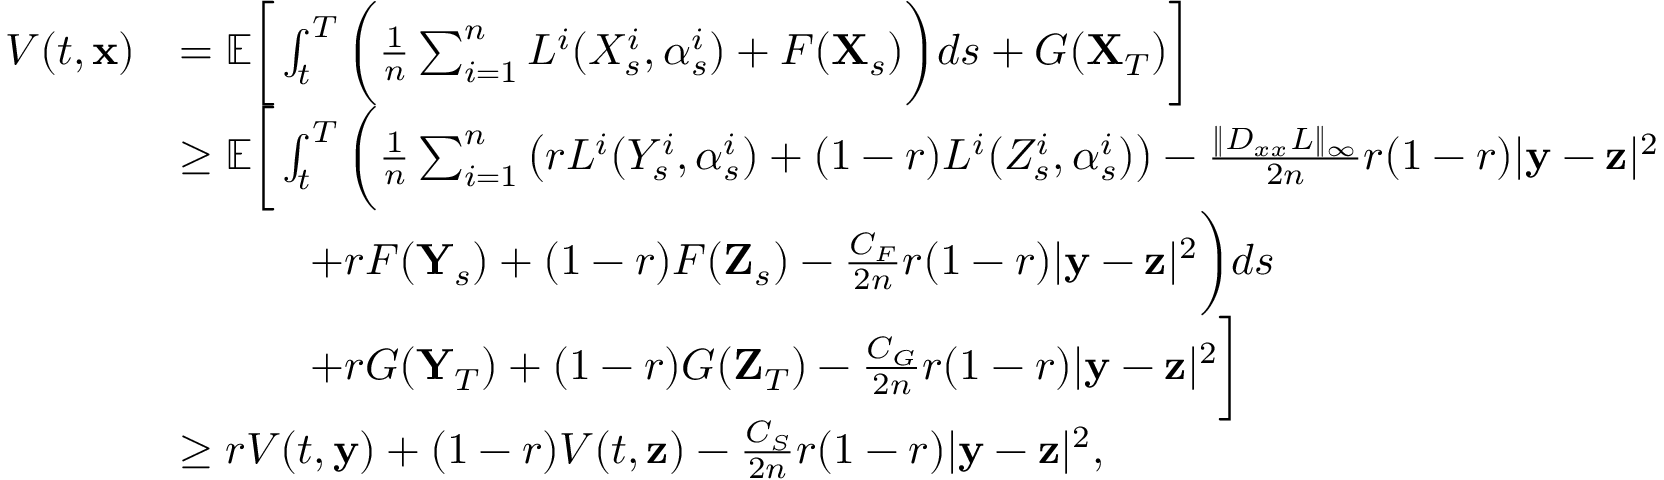
\begin{array} { r l } { V ( t , \mathbf { x } ) } & { = { \mathbb E } \bigg [ \int _ { t } ^ { T } \bigg ( \frac { 1 } { n } \sum _ { i = 1 } ^ { n } L ^ { i } ( X _ { s } ^ { i } , \alpha _ { s } ^ { i } ) + F ( \mathbf { X } _ { s } ) \bigg ) d s + G ( \mathbf { X } _ { T } ) \bigg ] } \\ & { \geq { \mathbb E } \bigg [ \int _ { t } ^ { T } \bigg ( \frac { 1 } { n } \sum _ { i = 1 } ^ { n } \big ( r L ^ { i } ( Y _ { s } ^ { i } , \alpha _ { s } ^ { i } ) + ( 1 - r ) L ^ { i } ( Z _ { s } ^ { i } , \alpha _ { s } ^ { i } ) \big ) - \frac { \| D _ { x x } L \| _ { \infty } } { 2 n } r ( 1 - r ) | \mathbf { y } - \mathbf { z } | ^ { 2 } } \\ & { \qquad \quad + r F ( \mathbf { Y } _ { s } ) + ( 1 - r ) F ( \mathbf { Z } _ { s } ) - \frac { C _ { F } } { 2 n } r ( 1 - r ) | \mathbf { y } - \mathbf { z } | ^ { 2 } \bigg ) d s } \\ & { \qquad \quad + r G ( \mathbf { Y } _ { T } ) + ( 1 - r ) G ( \mathbf { Z } _ { T } ) - \frac { C _ { G } } { 2 n } r ( 1 - r ) | \mathbf { y } - \mathbf { z } | ^ { 2 } \bigg ] } \\ & { \geq r V ( t , \mathbf { y } ) + ( 1 - r ) V ( t , \mathbf { z } ) - \frac { C _ { S } } { 2 n } r ( 1 - r ) | \mathbf { y } - \mathbf { z } | ^ { 2 } , } \end{array}